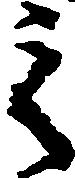
之